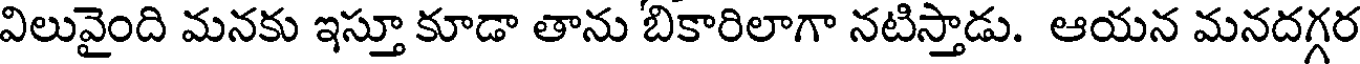
విలువైంది మనకు ఇస్తూ కూడా తాను బికారిలాగా నటిస్తాడు. ఆయన మనదగ్గర